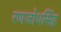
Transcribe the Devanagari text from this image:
रणजोधसिंह